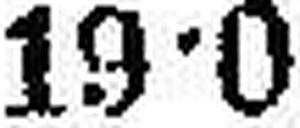
19•0